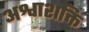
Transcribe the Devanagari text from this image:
अश्वाशक्ति